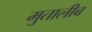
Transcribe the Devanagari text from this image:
मुतालीब